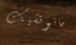
ماتوتشيك